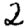
Digit: 2